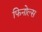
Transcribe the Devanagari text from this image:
फिनोल्स